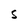
Character: S